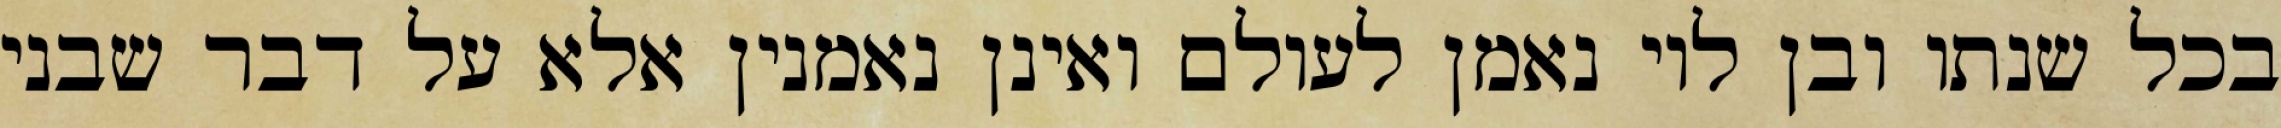
בכל שנתו ובן לוי נאמן לעולם ואינן נאמנין אלא על דבר שבני